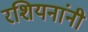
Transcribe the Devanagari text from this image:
रशियनांनी